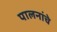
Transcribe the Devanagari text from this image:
पालनांचे